Annual returns of the Patna Lunatic Asylum at Bankipore in Bihar and Orissa - 1912-1924
Year: 1912
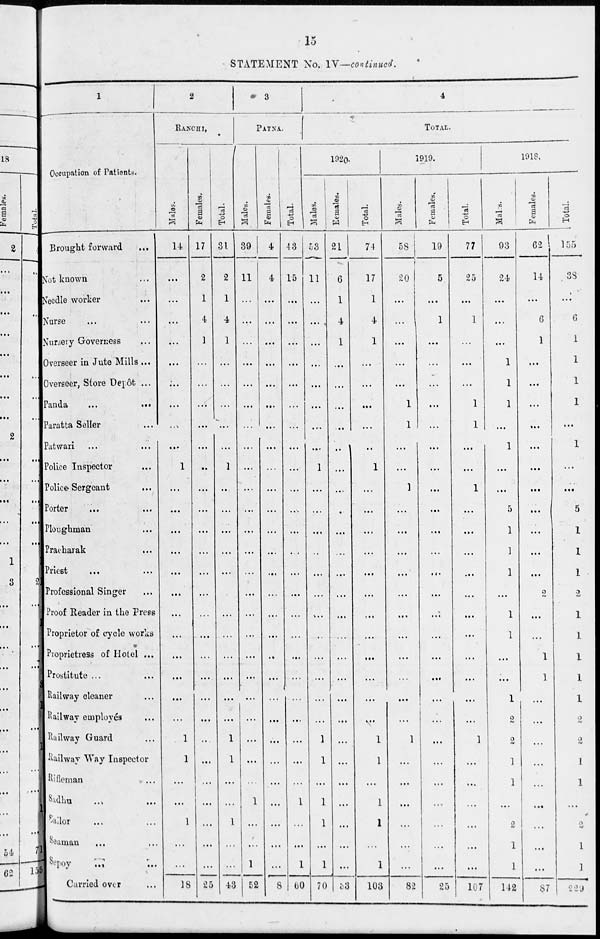
15
STATEMENT No. IV—continued.
1
Occupation of Patients.
Brought forward...
Not known...
Needle worker...
Nurse... ...
Nursery Governess ...
Overseer in Jute Mills ...
Overseer, Store Depôt ...
Panda
...
...
Paratta Seller ...
Patwari ... ...
Police Inspector
...
Police-Sergeant ...
Porter ... ...
Ploughman ...
Pracharak ...
Priest ... ...
Professional Singer ...
Proof Reader in the Press
Proprietor of cycle works
Proprietress of Hotel ...
Prostitute ... ...
Railway cleaner ...
Railway employés ...
Railway Guard ...
Railway Way Inspector
Rifleman ...
Sadhu ... ...
Sailor ... ...
Seaman ... ...
Sepoy
... ...
Carried over ...
2
RANCHI.
Males.
14
...
...
...
...
...
...
...
...
...
1
...
...
...
...
...
...
...
...
...
...
...
...
1
1
...
...
1
...
...
18
Females,
17
2
1
4
1
...
...
...
...
...
...
...
...
...
...
...
...
...
...
...
...
...
...
...
...
...
...
...
...
...
25
Total.
31
2
1
4
1
...
...
...
...
...
1
...
...
...
...
...
...
...
...
...
...
...
...
1
1
...
...
1
...
...
43
3
PATNA.
Males.
39
11
...
...
...
...
...
...
...
...
...
...
...
...
...
...
...
...
...
...
...
...
...
...
...
...
1
...
...
1
52
Females.
4
4
...
...
...
...
...
...
...
...
...
...
...
...
...
...
...
...
...
...
...
...
...
...
...
...
...
...
...
...
8
Total.
43
15
...
...
...
...
...
...
...
...
...
...
...
...
...
...
...
...
...
...
...
...
...
...
...
...
1
...
...
1
60
4
TOTAL.
1920.
Males.
53
11
...
...
...
...
...
...
...
...
1
...
...
...
...
...
...
...
...
...
...
...
...
1
1
...
1
1
...
1
70
Females.
21
6
1
4
1
...
...
...
...
...
...
...
...
...
...
...
...
...
...
...
...
...
...
...
...
...
...
...
...
...
33
Total.
74
17
1
4
1
...
...
...
...
...
1
...
...
...
...
...
...
...
...
...
...
...
...
1
1
...
1
1
...
1
103
1919.
Males.
58
20
...
...
...
...
...
1
1
...
...
1
...
...
...
...
...
...
...
...
...
...
1
...
...
...
...
...
...
82
Females.
19
5
...
1
...
...
...
...
...
...
...
...
...
...
...
...
...
...
...
...
...
...
...
1
...
...
...
...
...
25
Total.
77
25
...
1
...
...
...
1
1
...
...
1
...
...
...
...
...
...
...
...
...
...
...
1
...
...
...
...
...
...
107
1918.
Males.
93
24
...
...
...
1
1
1
...
1
...
...
5
1
1
1
...
1
1
...
...
1
2
2
1
1
...
2
1
1
142
Females.
62
14
...
6
1
...
...
...
...
...
...
...
...
...
...
...
2
...
...
1
1
...
...
...
...
...
...
...
...
...
87
Total.
155
38
...
6
1
1
1
1
...
1
...
...
5
1
1
1
2
1
1
1
1
1
2
2
1
1
...
2
1
1
229